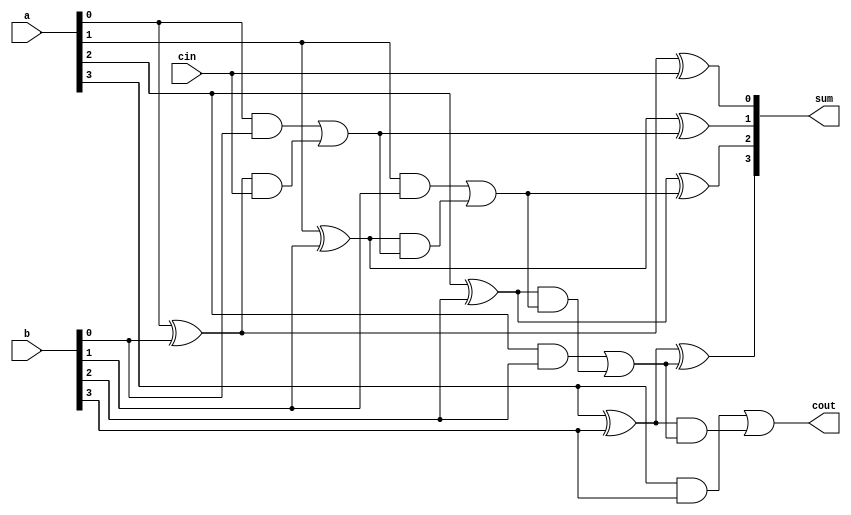
module carryLookAhead(
    cout,sum,a,b,cin
);

input [3:0]a,b;
input cin;
output [3:0]sum;
output cout;

wire [3:0]p;
wire [3:0]g;
wire c1,c2,c3,c4;

//Propagation value = P(i) = A(i) (+) B(i)
assign p[0] = a[0] ^ b[0],p[1] = a[1] ^ b[1],p[2] = a[2] ^ b[2],p[3] = a[3] ^ b[3];

//Generation value = G(i) = A(i).B(i)
assign g[0] = a[0] & b[0],g[1] = a[1] & b[1],g[2] = a[2] & b[2],g[3] = a[3] & b[3];

//Look ahead values

assign c1 = (g[0] | (p[0] & cin)),c2 = (g[1] | (p[1] & (g[0] | (p[0] & cin)))), c3 = (g[2] | (p[2] & (g[1] | (p[1] & (g[0] | (p[0] & cin)))))), c4 = (g[3] | (p[3] & (g[2] | (p[2] & (g[1] | (p[1] & (g[0] | (p[0] & cin))))))));


//Sum value = S(i) = P(i) (+) C(i-1)
assign sum[0] = p[0] ^ cin,sum[1] = p[1] ^ c1,sum[2] = p[2] ^ c2,sum[3] = p[3] ^ c3;

//Carry 
assign cout = c4;


    
endmodule